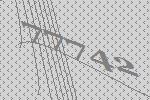
77742